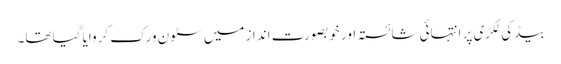
بیڈ کی لکڑی پر انتہائی شائستہ اور خوبصورت انداز میں سٹون ورک کروایا گیا تھا۔